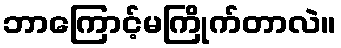
ဘာကြောင့်မကြိုက်တာလဲ။